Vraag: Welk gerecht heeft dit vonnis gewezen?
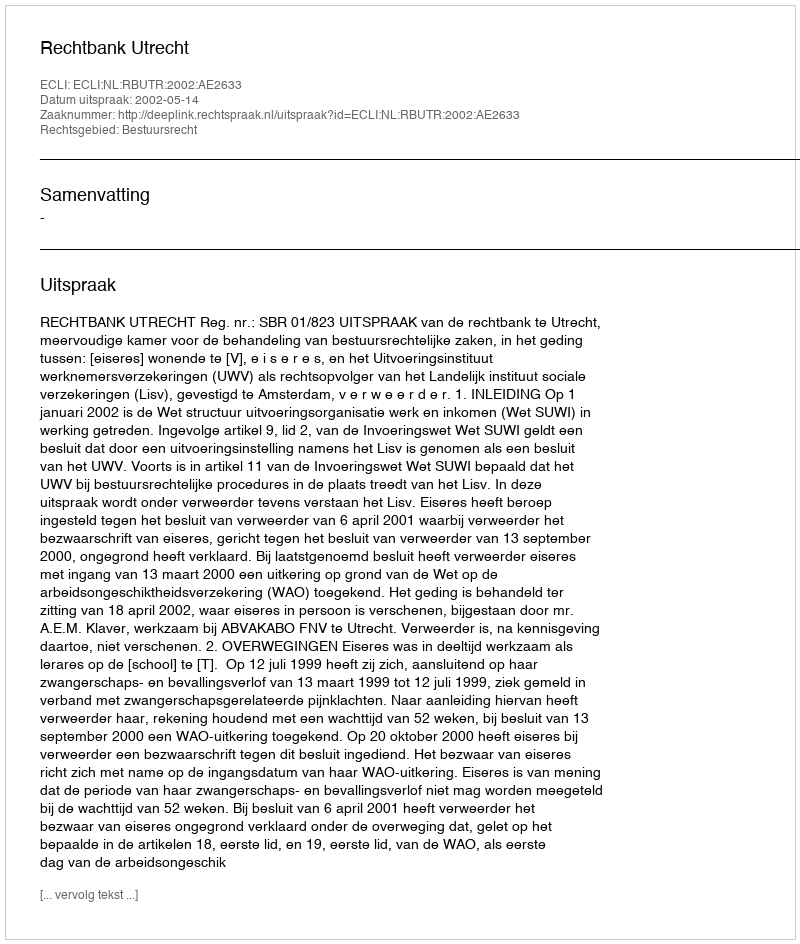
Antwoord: Rechtbank Utrecht